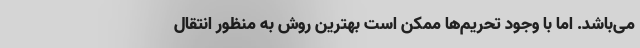
می‌باشد. اما با وجود تحریم‌ها ممکن است بهترین روش به منظور انتقال